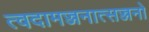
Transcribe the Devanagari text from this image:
त्वदामज्जनात्सज्जनो